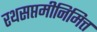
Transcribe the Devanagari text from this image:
रथसप्तमीनिमित्त